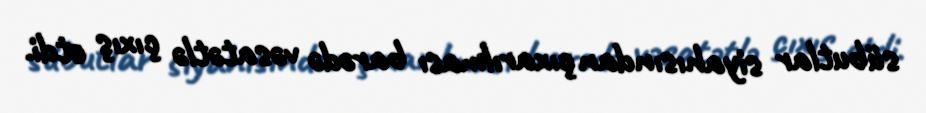
sübutlar siyahısından çıxarılması barədə vəsatətlə çıxış etdi.